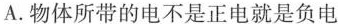
A. 物体所带的电不是正电就是负电